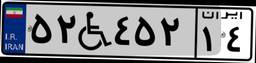
۵۲W۴۵۲۱۴